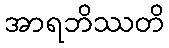
အာရဘိဿတိ